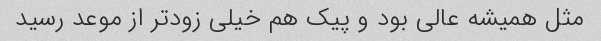
مثل همیشه عالی بود و پیک هم خیلی زودتر از موعد رسید